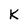
Character: K